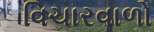
વિચારવાળો